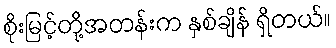
စိုးမြင့်တို့အတန်းက နှစ်ချိန် ရှိတယ်။